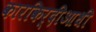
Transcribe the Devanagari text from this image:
कारकिर्दीआधी